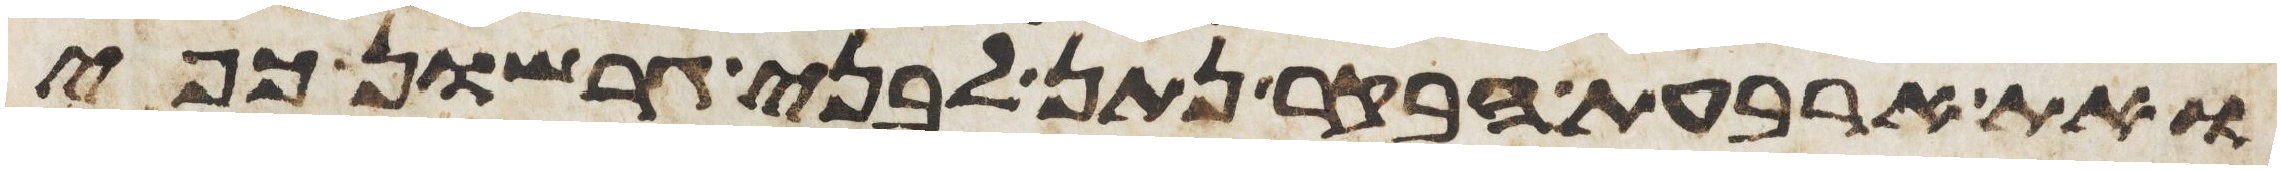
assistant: ואת ארבעת הבקר נתן לבני גרשון כפי